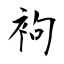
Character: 袧